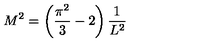
M ^ { 2 } = \left( \frac { \pi ^ { 2 } } { 3 } - 2 \right) \frac { 1 } { L ^ { 2 } }